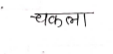
मजकूर: चकला